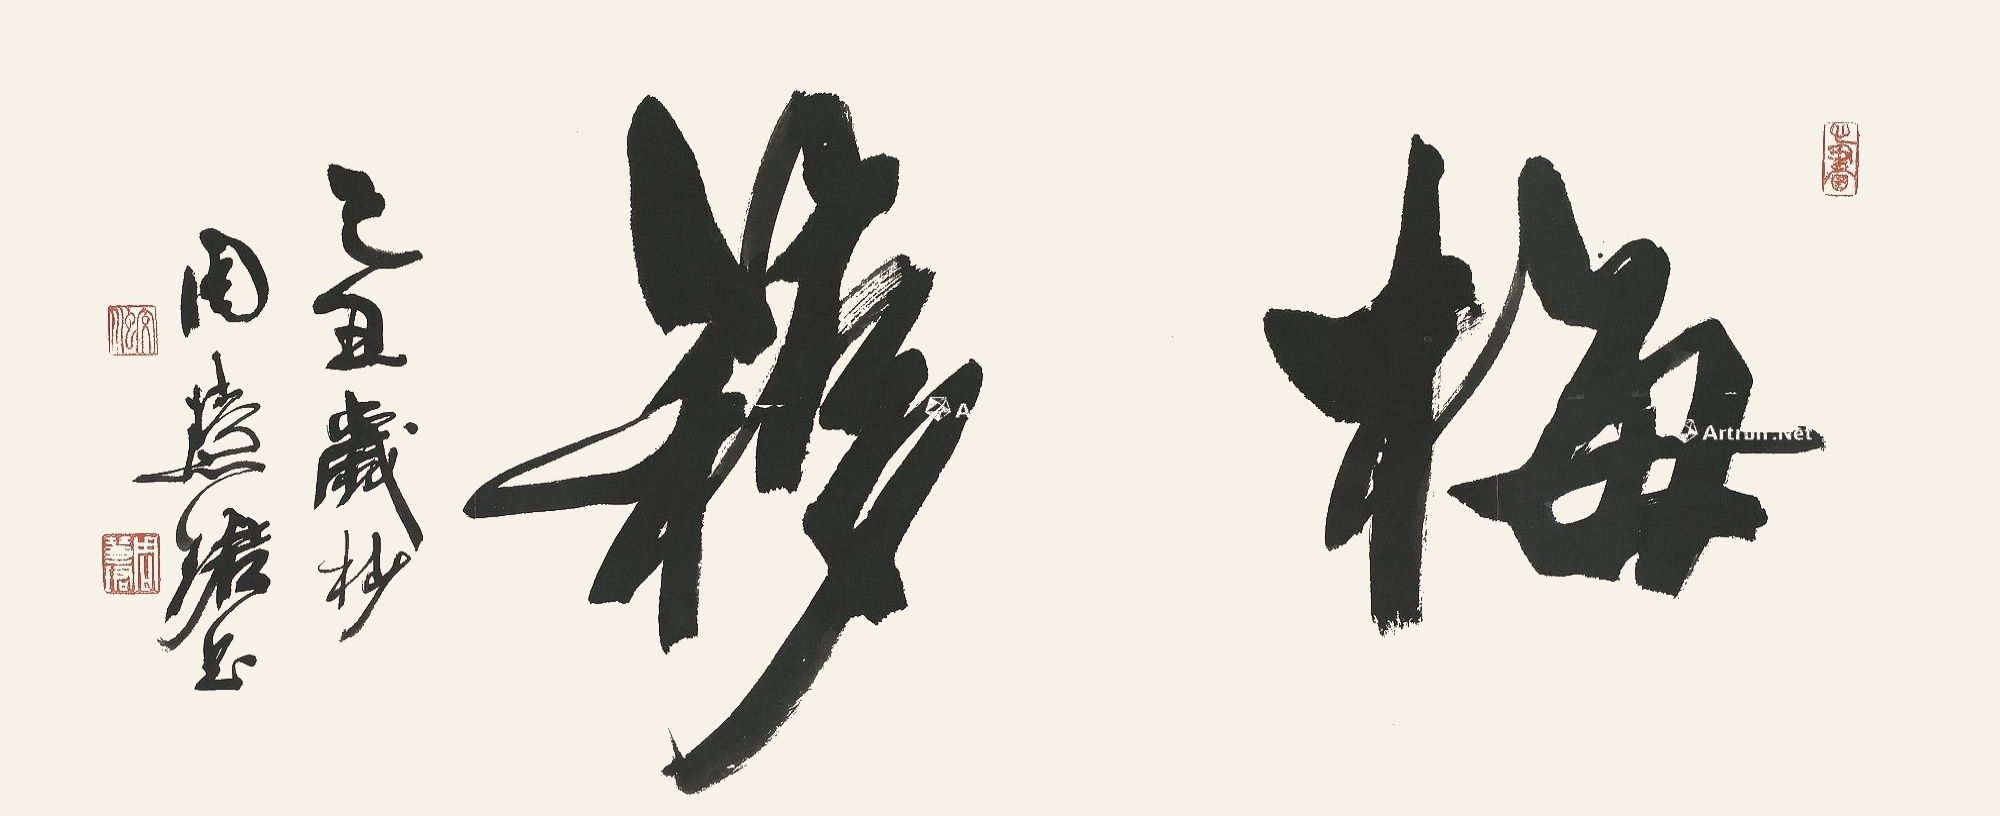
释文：梅簃己丑岁杪，周慧珺书。